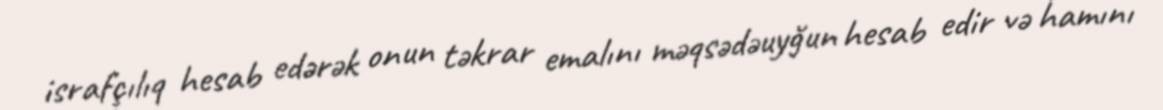
israfçılıq hesab edərək onun təkrar emalını məqsədəuyğun hesab edir və hamını